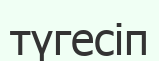
түгесіп